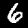
Digit: 6